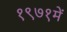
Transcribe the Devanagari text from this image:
१९७१में